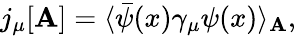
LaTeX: j_{\mu}[\mathbf{A}]=\langle\bar{{\psi}}(x)\gamma_{\mu}\psi(x)\rangle_{\mathbf{A}},